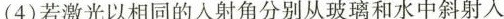
(4)若激光以相同的入射角分别从玻璃和水中斜射入